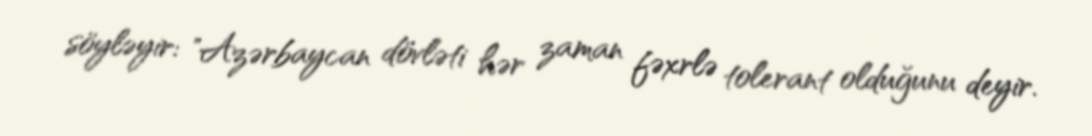
söyləyir: "Azərbaycan dövləti hər zaman fəxrlə tolerant olduğunu deyir.